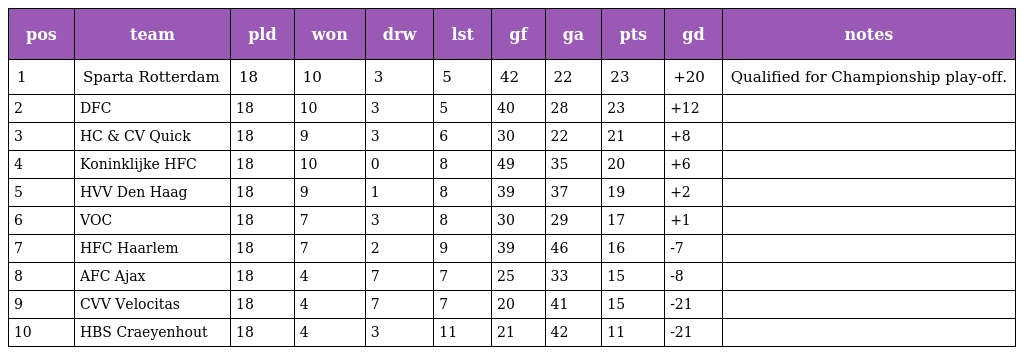
| pos | team | pld | won | drw | lst | gf | ga | pts | gd | notes |
 | --- | --- | --- | --- | --- | --- | --- | --- | --- | --- | --- |
 | 1 | Sparta Rotterdam | 18 | 10 | 3 | 5 | 42 | 22 | 23 | +20 | Qualified for Championship play-off. |
 | 2 | DFC | 18 | 10 | 3 | 5 | 40 | 28 | 23 | +12 |  |
 | 3 | HC & CV Quick | 18 | 9 | 3 | 6 | 30 | 22 | 21 | +8 |  |
 | 4 | Koninklijke HFC | 18 | 10 | 0 | 8 | 49 | 35 | 20 | +6 |  |
 | 5 | HVV Den Haag | 18 | 9 | 1 | 8 | 39 | 37 | 19 | +2 |  |
 | 6 | VOC | 18 | 7 | 3 | 8 | 30 | 29 | 17 | +1 |  |
 | 7 | HFC Haarlem | 18 | 7 | 2 | 9 | 39 | 46 | 16 | -7 |  |
 | 8 | AFC Ajax | 18 | 4 | 7 | 7 | 25 | 33 | 15 | -8 |  |
 | 9 | CVV Velocitas | 18 | 4 | 7 | 7 | 20 | 41 | 15 | -21 |  |
 | 10 | HBS Craeyenhout | 18 | 4 | 3 | 11 | 21 | 42 | 11 | -21 |  |